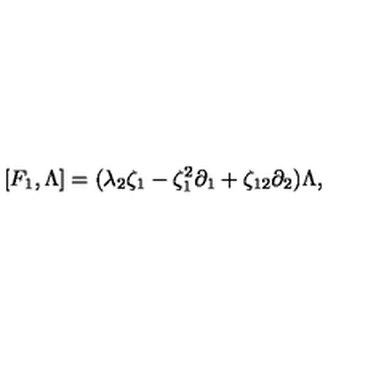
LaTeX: [ F _ { 1 } , \Lambda ] = ( \lambda _ { 2 } \zeta _ { 1 } - \zeta _ { 1 } ^ { 2 } \partial _ { 1 } + \zeta _ { 1 2 } \partial _ { 2 } ) \Lambda ,